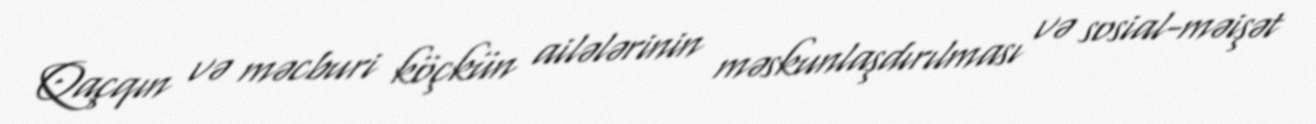
Qaçqın və məcburi köçkün ailələrinin məskunlaşdırılması və sosial-məişət